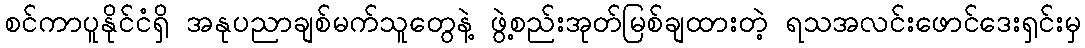
စင်ကာပူနိုင်ငံရှိ အနုပညာချစ်မက်သူတွေနဲ့ ဖွဲ့စည်းအုတ်မြစ်ချထားတဲ့ ရသအလင်းဖောင်ဒေးရှင်းမှ